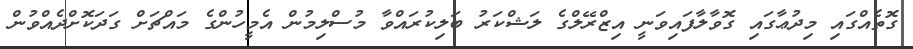
ގޮތެއްގައި މިދުޢާގައި ގޮވާލާފައިވަނީ އިޒްރޭލްގެ ލަޝްކަރު ބަލިކުރައްވާ މުސްލިމުން އެމީހުންގެ މައްޗަށް ގަދަކޮށްދެއްވުން